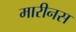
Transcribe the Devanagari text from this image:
मारीनस